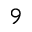
^ 9